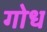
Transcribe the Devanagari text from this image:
गोध